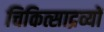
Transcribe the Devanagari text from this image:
चिकित्साद्रव्यों